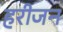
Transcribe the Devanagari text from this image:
हरीजन